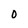
Character: O